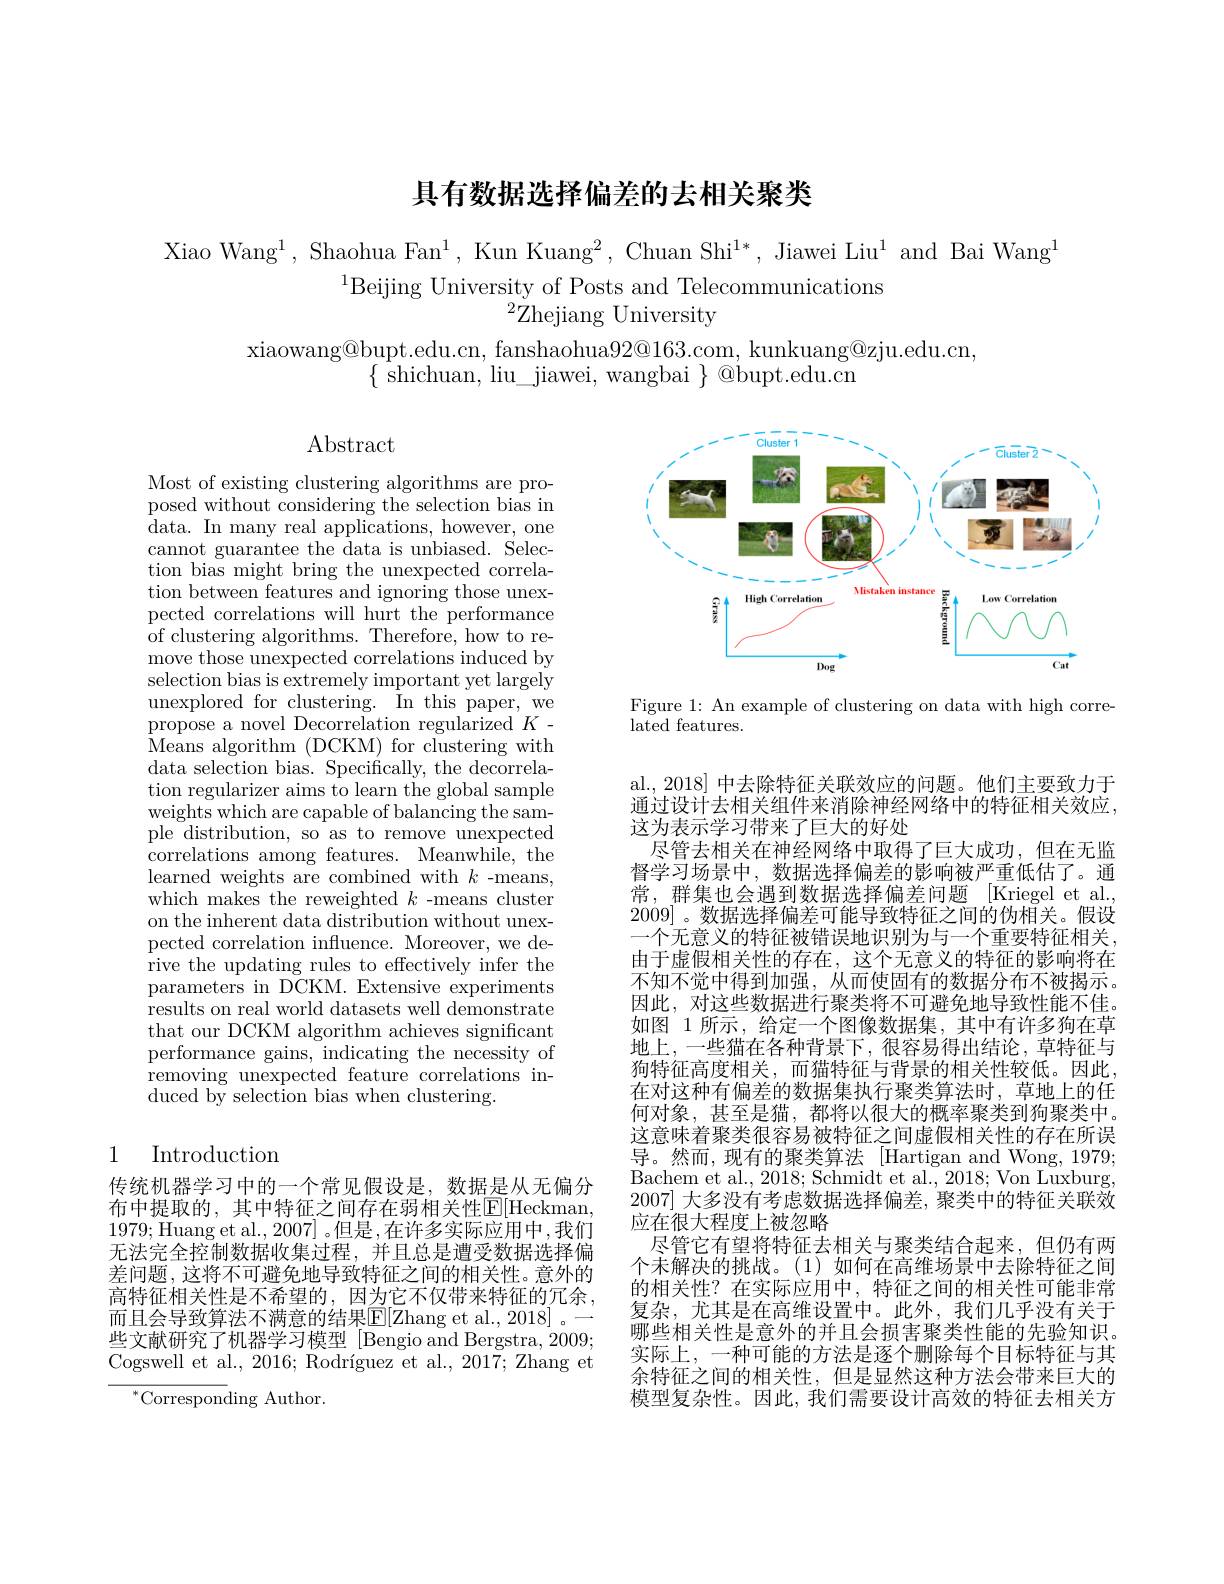
# 具有数据选择偏差的去相关聚类

Xiao Wang$^1$,Shaohua Fan$^1$, Kun Kuang$^2$, Chuan Shi$^1*$, Jiawei Liu$^1$ and Bai Wang
$^{1}$Beijing University of Posts and Telecommunications
$^{2}$Zhejiang University

xiaowang@bupt.edu.cn, fanshaohua92@163.com, kunkuang@zju.edu.cn,
$\{$ shichuan, liu\_jiawei, wangbai $\}$ @bupt.edu.cn

Abstract

<FigureHere>

Figure 1: An example of clustering on data with high corre-
lated features.

Most of existing clustering algorithms are proposed without considering the selection bias in data. In many real applications, however, one cannot guarantee the data is unbiased. Selection bias might bring the unexpected correlation between features and ignoring those unexpected correlations will hurt the performance of clustering algorithms. Therefore, how to remove those unexpected correlations induced by selection bias is extremely important yet largely unexplored for clustering. In this paper, we propose a novel Decorrelation regularized $K$- Means algorithm (DCKM) for clustering with data selection bias. Specifically, the decorrelation regularizer aims to learn the global sample weights which are capable of balancing the sample distribution, so as to remove unexpected correlations among features. Meanwhile, the learned weights are combined with $k$ -means, which makes the reweighted $k$ -means cluster on the inherent data distribution without unexpected correlation influence. Moreover, we derive the updating rules to effectively infer the parameters in DCKM. Extensive experiments ${\mathrm{results~on~real~world~datasets~well~demonstrate}}$ that our DCKM algorithm achieves significant performance gains, indicating the necessity of removing unexpected feature correlations induced by selection bias when clustering.

al., 2018] 中去除特征关联效应的问题。他们主要致力于通过设计去相关组件来消除神经网络中的特征相关效应， 这为表示学习带来了巨大的好处
尽管去相关在神经网络中取得了巨大成功，但在无监督学习场景中，数据选择偏差的影响被严重低估了。通常，群集也会遇到数据选择偏差问题 [Kriegel et al., 2009]。数据选择偏差可能导致特征之间的伪相关。假设一个无意义的特征被错误地识别为与一个重要特征相关由于虚假相关性的存在，这个无意义的特征的影响将在不知不觉中得到加强，从而使固有的数据分布不被揭示。因此，对这些数据进行聚类将不可避免地导致性能不佳。如图 1 所示，给定一个图像数据集，其中有许多狗在草地上，一些猫在各种背景下，很容易得出结论，草特征与狗特征高度相关，而猫特征与背景的相关性较低。因此在对这种有偏差的数据集执行聚类算法时，草地上的任何对象，甚至是猫，都将以很大的概率聚类到狗聚类中。这意味着聚类很容易被特征之间虚假相关性的存在所误导。然而，现有的聚类算法 [Hartigan and Wong, 1979; Bachem et al. , 2018; Schmidt et al. , 2018; Von Luxburg, 2007]大多没有考虑数据选择偏差，聚类中的特征关联效应在很大程度上被忽略
尽管它有望将特征去相关与聚类结合起来，但仍有两个未解决的挑战。(1)如何在高维场景中去除特征之间的相关性？在实际应用中，特征之间的相关性可能非常复杂，尤其是在高维设置中。此外，我们几乎没有关于哪些相关性是意外的并且会损害聚类性能的先验知识。实际上，一种可能的方法是逐个删除每个目标特征与其余特征之间的相关性，但是显然这种方法会带来巨大的模型复杂性。因此，我们需要设计高效的特征去相关方

# 1 Introduction

传统机器学习中的一个常见假设是，数据是从无偏分布中提取的，其中特征之间存在弱相关性$\mathbb{E}[$Heckman, 1979;Huang et al., 2007]。但是，在许多实际应用中，我们无法完全控制数据收集过程，并且总是遭受数据选择偏差问题，这将不可避免地导致特征之间的相关性。意外的高特征相关性是不希望的，因为它不仅带来特征的冗余， 而且会导致算法不满意的结果$\mathbb{E}[\mathbb{Z}$hang et al., 2018] 。— 些文献研究了机器学习模型 [Bengio and Bergstra, 2009; Cogswell et al., 2016; Rodríguez et al., 2017; Zhang et
$^{*}$Corresponding Author.